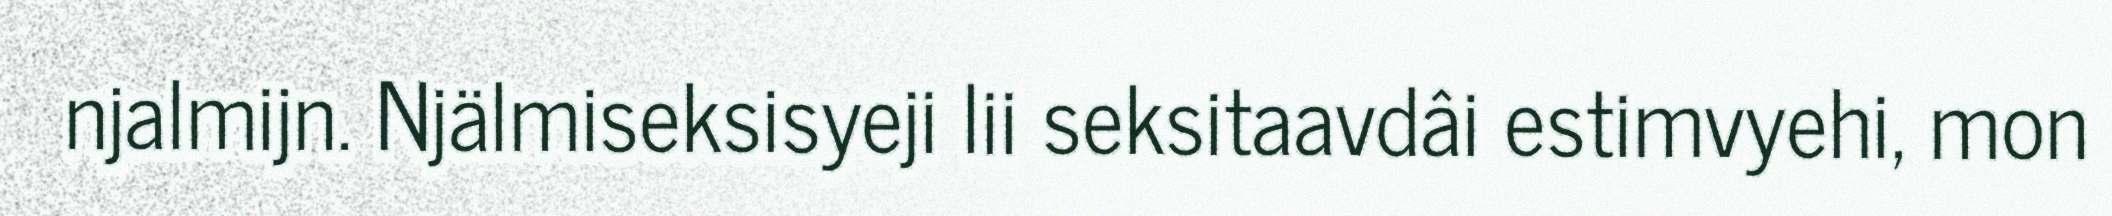
njalmijn. Njälmiseksisyeji lii seksitaavdâi estimvyehi, mon